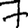
Digit: 7